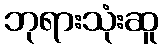
ဘုရားသုံးဆူ